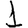
Digit: 1